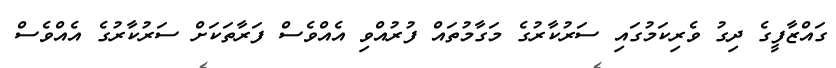
ގައްޒާފީގެ ދިގު ވެރިކަމުގައި ސަރުކާރުގެ މަގާމުތައް ފުރުއްވި އެއްވެސް ފަރާތަކަށް ސަރުކާރުގެ އެއްވެސް